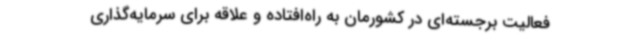
فعالیت برجسته‌ای در کشورمان به راه‌افتاده و علاقه برای سرمایه‌گذاری